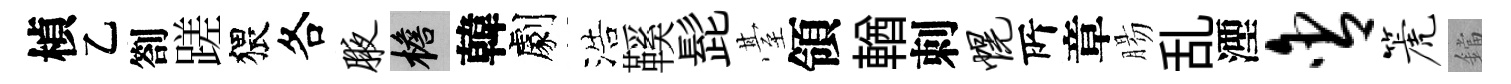
楨乙劄蹉猥各腋檐韓劇浩鞵髭䑓領輶刺幌𠩄章腸乱湮含篪鐺